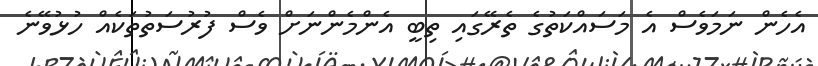
އެހެން ނަމަވެސް އެ މަސައްކަތުގެ ތެރޭގައި ތިބީ އެންމެންނަށް ވެސް ފުރުސަތުތަކެއް ހުޅުވޭނެ